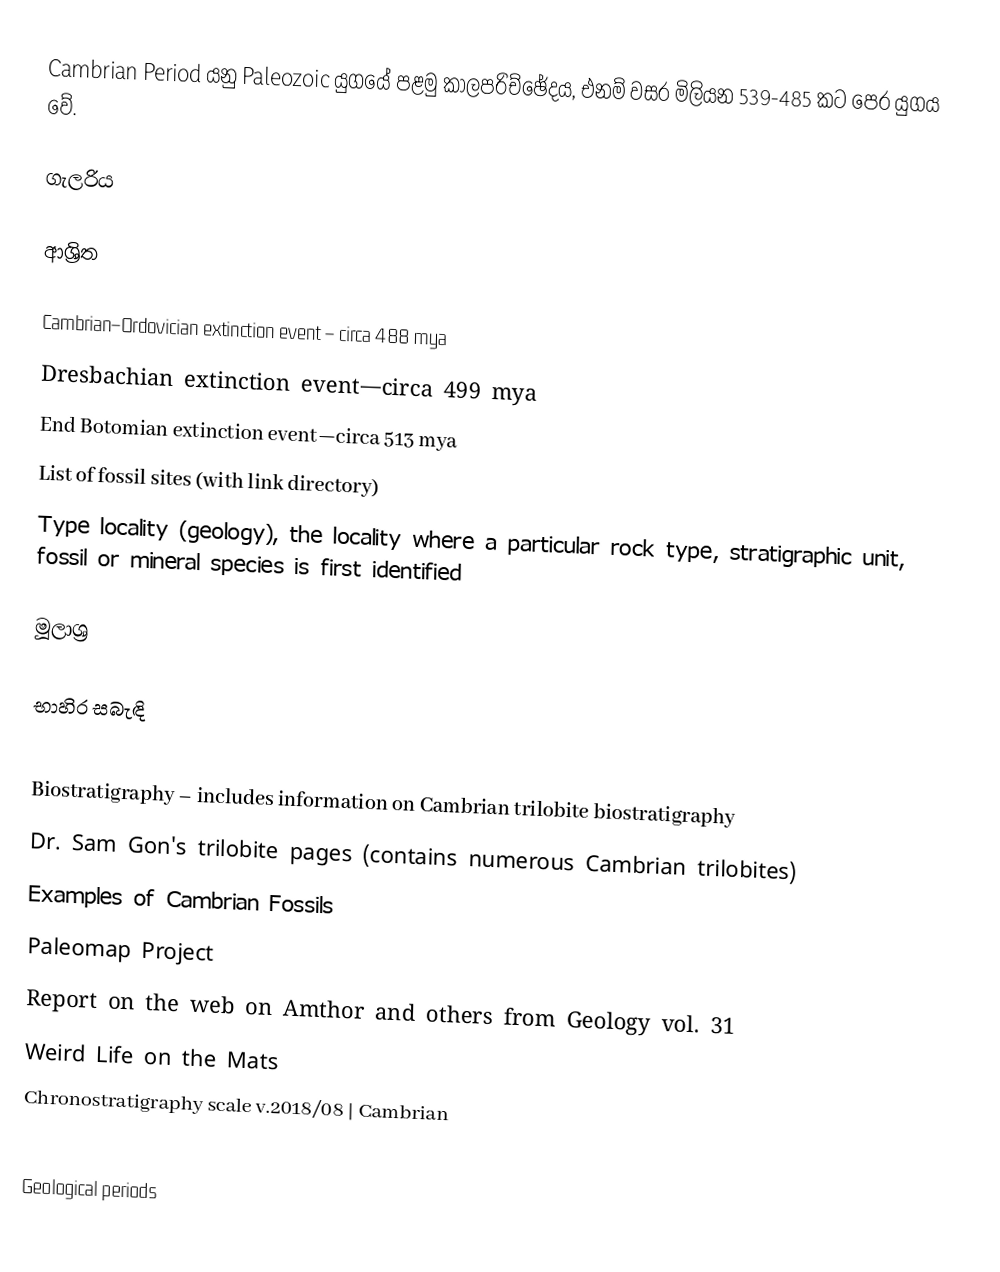
Cambrian Period යනු Paleozoic යුගයේ පළමු කාලපරිච්ඡේදය, එනම් වසර මිලියන 539-485 කට පෙර යුගය වේ.

ගැලරිය

ආශ්‍රිත

 Cambrian–Ordovician extinction event – circa 488 mya
 Dresbachian extinction event—circa 499 mya
 End Botomian extinction event—circa 513 mya
 List of fossil sites (with link directory)
 Type locality (geology), the locality where a particular rock type, stratigraphic unit, fossil or mineral species is first identified

මූලාශ්‍ර

භාහිර සබැඳි

 Biostratigraphy – includes information on Cambrian trilobite biostratigraphy
  Dr. Sam Gon's trilobite pages (contains numerous Cambrian trilobites)
 Examples of Cambrian Fossils
 Paleomap Project
 Report on the web on Amthor and others from Geology vol. 31
 Weird Life on the Mats
 Chronostratigraphy scale v.2018/08 | Cambrian

Geological periods